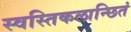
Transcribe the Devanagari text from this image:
स्वस्तिकलान्छितं